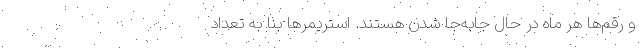
و رقم‌ها هر ماه در حال جابه‌جا شدن هستند. استریمرها بنا به تعداد